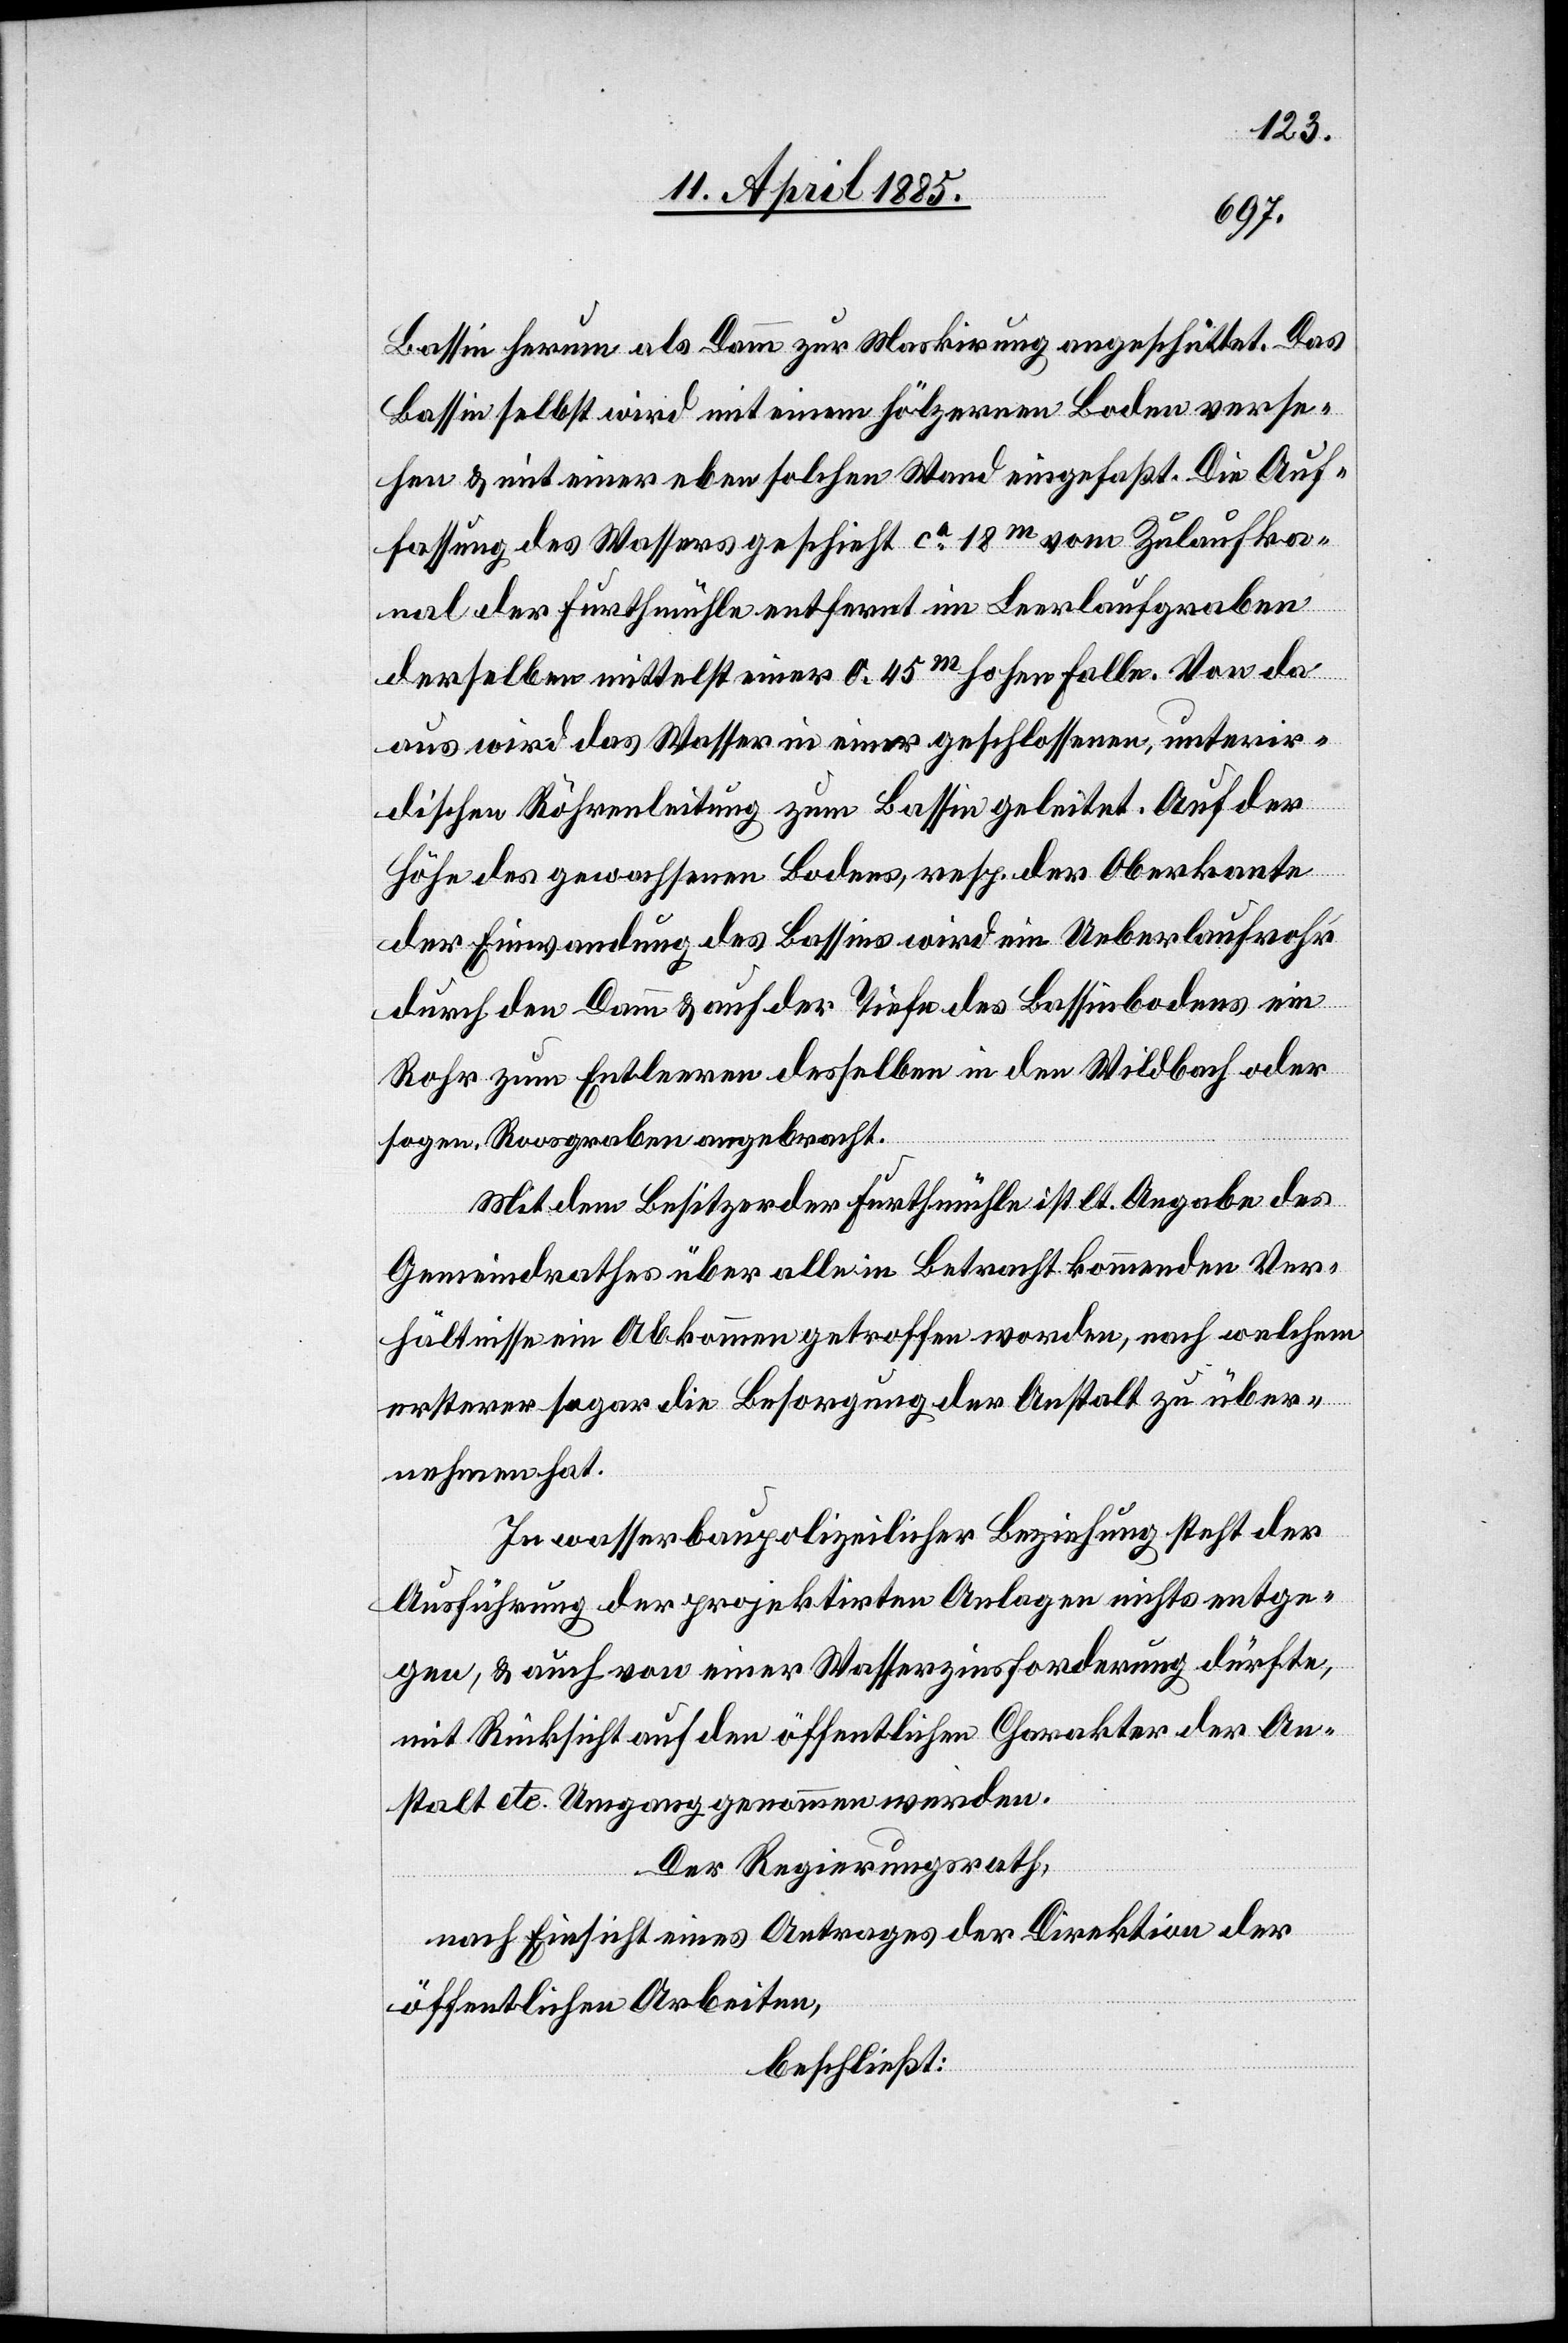
Bassin herum als Damm zur Maskirung angeschüttet. Das
Bassin selbst wird mit einem hölzernen Boden verse¬
hen & mit einer eben solchen Wand eingefaßt. Die Auf¬
fassung des Wassers geschieht ca 18 m vom Zulaufka¬
nal der Furthmühle entfernt im Leerlaufgraben
derselben mittelst einer 0.45 m hohen Falle. Von da
aus wird das Wasser in einer geschlossenen, unterir¬
dischen Röhrenleitung zum Bassin geleitet. Auf der
Höhe des gewachsenen Bodens, resp. der Oberkante
der Einwandung des Bassins wird ein Ueberlaufrohr
durch den Damm & auf der Tiefe des Bassinbodens ein
Rohr zum Entleeren desselben in den Wildbach oder
sogen. Rossgraben angebracht.
Mit dem Besitzer der Furthmühle ist lt. Angabe des
Gemeindrathes über alle in Betracht kommenden Ver¬
hältnisse ein Abkommen getroffen worden, nach welchem
ersterer sogar die Besorgung der Anstalt zu über¬
nehmen hat.
In wasserbaupolizeilicher Beziehung steht der
Ausführung der projektirten Anlagen nicht entge¬
gen, & auch von einer Wasserzinsforderung dürfte,
mit Rücksicht auf den öffentlichen Charakter der An¬
stalt etc. Umgang genommen werden.
Der Regierungsrath,
nach Einsicht eines Antrages der Direktion der
öffentlichen Arbeiten,
beschließt: